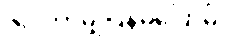
ဇင် ဘာမျှပြန်မပြောမိ။